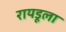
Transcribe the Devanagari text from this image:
रायडूला